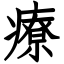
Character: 療